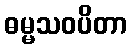
ဓမ္မသဝပိတာ